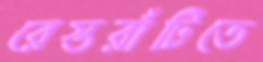
রেস্তরাঁটিতে